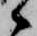
候